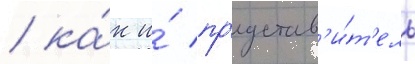
/ ка́к и́ пр'едстав'и́т'ель